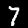
Label: 7